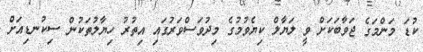
ކުޑަ މަންމަގެ ޖަވާބަކަށް ވީ ލަޔާލް ކިޔެވުމުގެ މިދުވަސްވަރުގައި އިތުރު ހިޔާލުތަކުން ސިކުނޑިއަށް